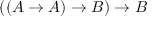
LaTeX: ( ( A \to A ) \to B ) \to B